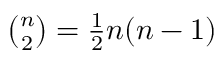
\textstyle { { \binom { n } { 2 } } = { \frac { 1 } { 2 } } n ( n - 1 ) }